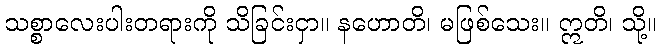
သစ္စာလေးပါးတရားကို သိခြင်းငှာ။ နဟောတိ၊ မဖြစ်သေး။ ဣတိ၊ သို့။